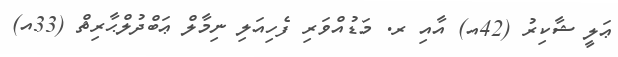
ޢަލީ ޝާކިރު (42އ) އާއި ރ. މަޑުއްވަރި ފެހިއަލި ނިމާލް ޢަބްދުލްޙާރިޘް (33އ)